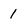
Character: 1